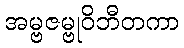
အမ္ဗဇမ္ဗုဝိဘီတကာ